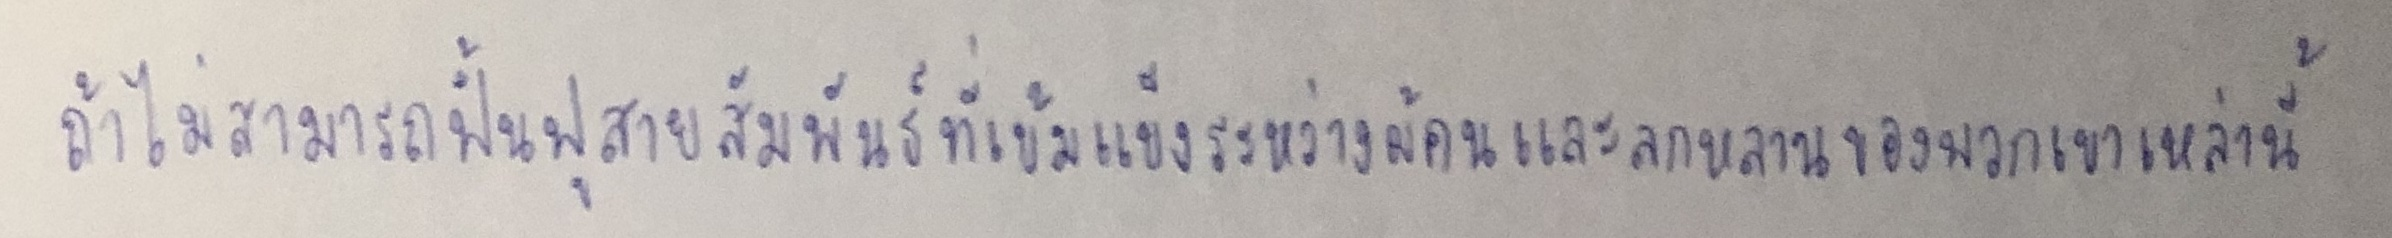
ถ้าไม่สามารถฟื้นฟูสายสัมพันธ์ที่เข้มแข็งระหว่างผู้คนและลูกหลานของพวกเขาเหล่านี้